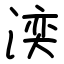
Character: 湙